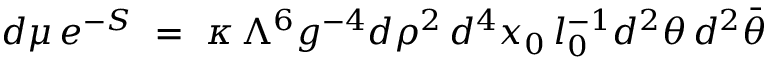
d \mu \, e ^ { - S } ~ = ~ \kappa \, \Lambda ^ { 6 } g ^ { - 4 } d \rho ^ { 2 } \, d ^ { 4 } x _ { 0 } \, l _ { 0 } ^ { - 1 } d ^ { 2 } \theta \, d ^ { 2 } \bar { \theta }